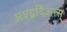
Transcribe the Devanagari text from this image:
अएद्वर्दिअन्स्